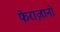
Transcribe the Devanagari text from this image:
फेराज़ानो